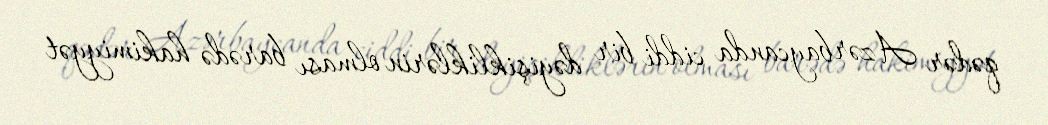
qədər Azərbaycanda ciddi bir dəyişikliklərin olması barədə hakimiyyət